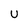
Character: U